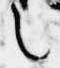
言